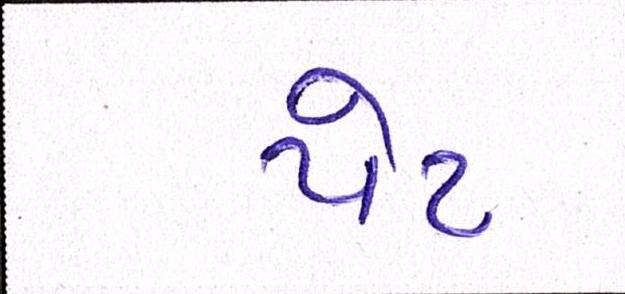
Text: પેટ